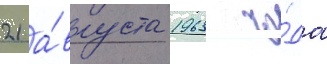
21 а́вгуста 1963 го́да